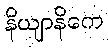
နိယျာနိကေ